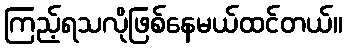
ကြည့်ရသလိုဖြစ်နေမယ်ထင်တယ်။